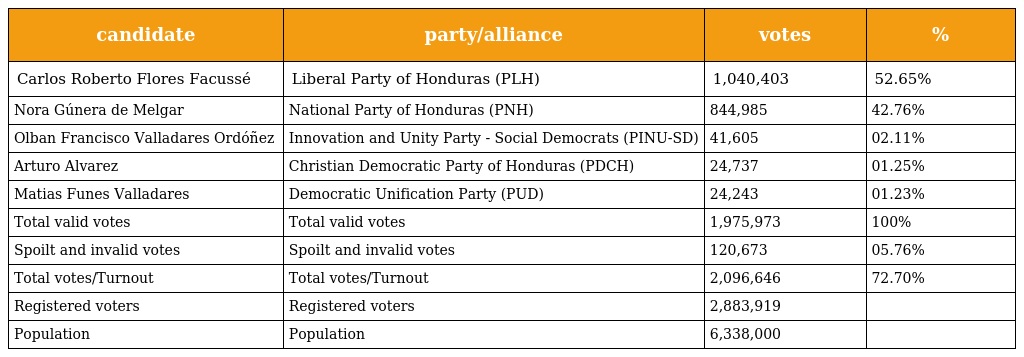
| candidate | party/alliance | votes | % |
 | --- | --- | --- | --- |
 | Carlos Roberto Flores Facussé | Liberal Party of Honduras (PLH) | 1,040,403 | 52.65% |
 | Nora Gúnera de Melgar | National Party of Honduras (PNH) | 844,985 | 42.76% |
 | Olban Francisco Valladares Ordóñez | Innovation and Unity Party - Social Democrats (PINU-SD) | 41,605 | 02.11% |
 | Arturo Alvarez | Christian Democratic Party of Honduras (PDCH) | 24,737 | 01.25% |
 | Matias Funes Valladares | Democratic Unification Party (PUD) | 24,243 | 01.23% |
 | Total valid votes | Total valid votes | 1,975,973 | 100% |
 | Spoilt and invalid votes | Spoilt and invalid votes | 120,673 | 05.76% |
 | Total votes/Turnout | Total votes/Turnout | 2,096,646 | 72.70% |
 | Registered voters | Registered voters | 2,883,919 |  |
 | Population | Population | 6,338,000 |  |